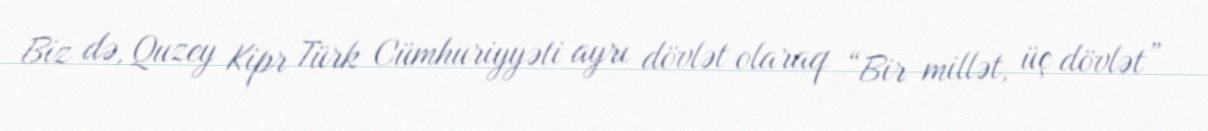
Biz də, Quzey Kipr Türk Cümhuriyyəti ayrı dövlət olaraq “Bir millət, üç dövlət”